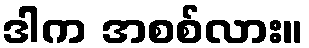
ဒါက အစစ်လား။